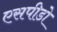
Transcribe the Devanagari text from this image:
एसपीडो